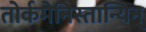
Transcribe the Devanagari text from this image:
तोर्कमेनिस्तान्यिन्